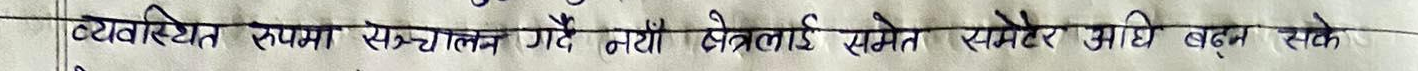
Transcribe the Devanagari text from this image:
व्यवस्थित रूपमा सञ्चालन गर्दै नयाँ क्षेत्रलाई समेत समेटेर अघि बढ्न सके